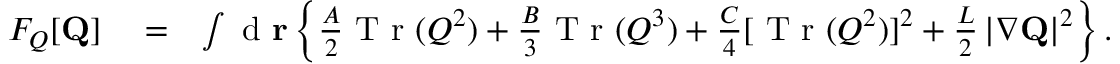
\begin{array} { r l r } { F _ { Q } [ { \bf Q } ] } & { { } = } & { \int \mathrm { ~ d ~ } { \bf r } \left\{ \frac { A } { 2 } \mathrm { ~ T ~ r ~ } ( \boldsymbol { Q } ^ { 2 } ) + \frac { B } { 3 } \mathrm { ~ T ~ r ~ } ( \boldsymbol { Q } ^ { 3 } ) + \frac { C } { 4 } [ \mathrm { ~ T ~ r ~ } ( \boldsymbol { Q } ^ { 2 } ) ] ^ { 2 } + \frac { L } { 2 } \left| \nabla { \bf Q } \right| ^ { 2 } \right\} . } \end{array}